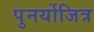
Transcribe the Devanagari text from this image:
पुनर्योजित्र